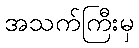
အသက်ကြီးမှ